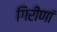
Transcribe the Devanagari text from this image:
गिरीणां